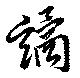
譎